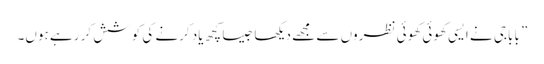
” باباجی نے ایسی کھوئی کھوئی نظروں سے مجھے دیکھا جیسا کچھ یاد کرنے کی کوشش کر رہے ہوں۔